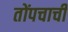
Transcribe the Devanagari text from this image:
तोंपचाची